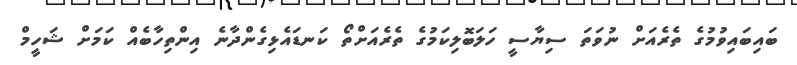
ބައިބައިވުމުގެ ތެރެއަށް ނުވަތަ ސިޔާސީ ހަލަބޮލިކަމުގެ ތެރެއަށްތޯ ކަނޑައެޅިގެންދާނެ އިންތިހާބެއް ކަމަށް ޝަހީމް